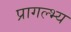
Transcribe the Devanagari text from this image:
प्रागल्भ्य